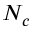
N _ { c }